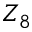
Z _ { 8 }